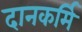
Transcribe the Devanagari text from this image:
दानकर्मि